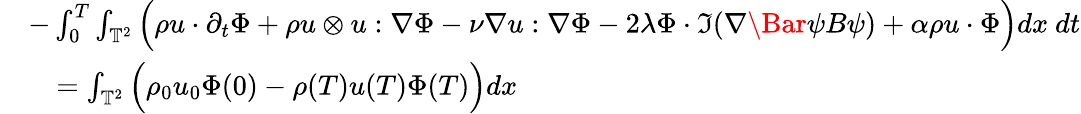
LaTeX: \begin{array}{rl}&{-\int_{0}^{T}\int_{\mathbb{T}^{2}}\Big(\rho u\cdot\partial_{t}\Phi+\rho u\otimes u:\nabla\Phi-\nu\nabla u:\nabla\Phi-2\lambda\Phi\cdot\Im(\nabla\Bar{\psi}B\psi)+\alpha\rho u\cdot\Phi\Big)dx\ dt}\\ &{\quad=\int_{\mathbb{T}^{2}}\Big(\rho_{0}u_{0}\Phi(0)-\rho(T)u(T)\Phi(T)\Big)dx}\end{array}